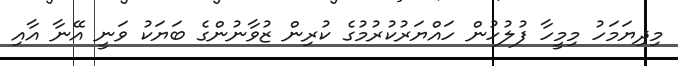
މިދިޔަމަހު މިމީހާ ފުލުހުން ހައްޔަރުކުރުމުގެ ކުރިން ޒުވާނުންގެ ބަޔަކު ވަނީ އޭނާ އާއި